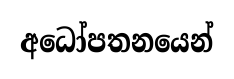
අධෝපතනයෙන්